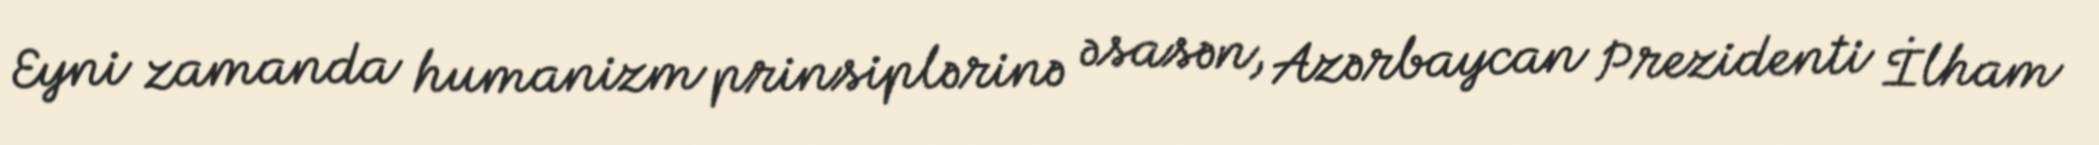
Eyni zamanda humanizm prinsiplərinə əsasən, Azərbaycan Prezidenti İlham